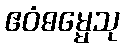
ဧဝံဓမ္မေသု